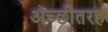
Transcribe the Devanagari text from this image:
अच्छीतरह